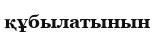
құбылатынын